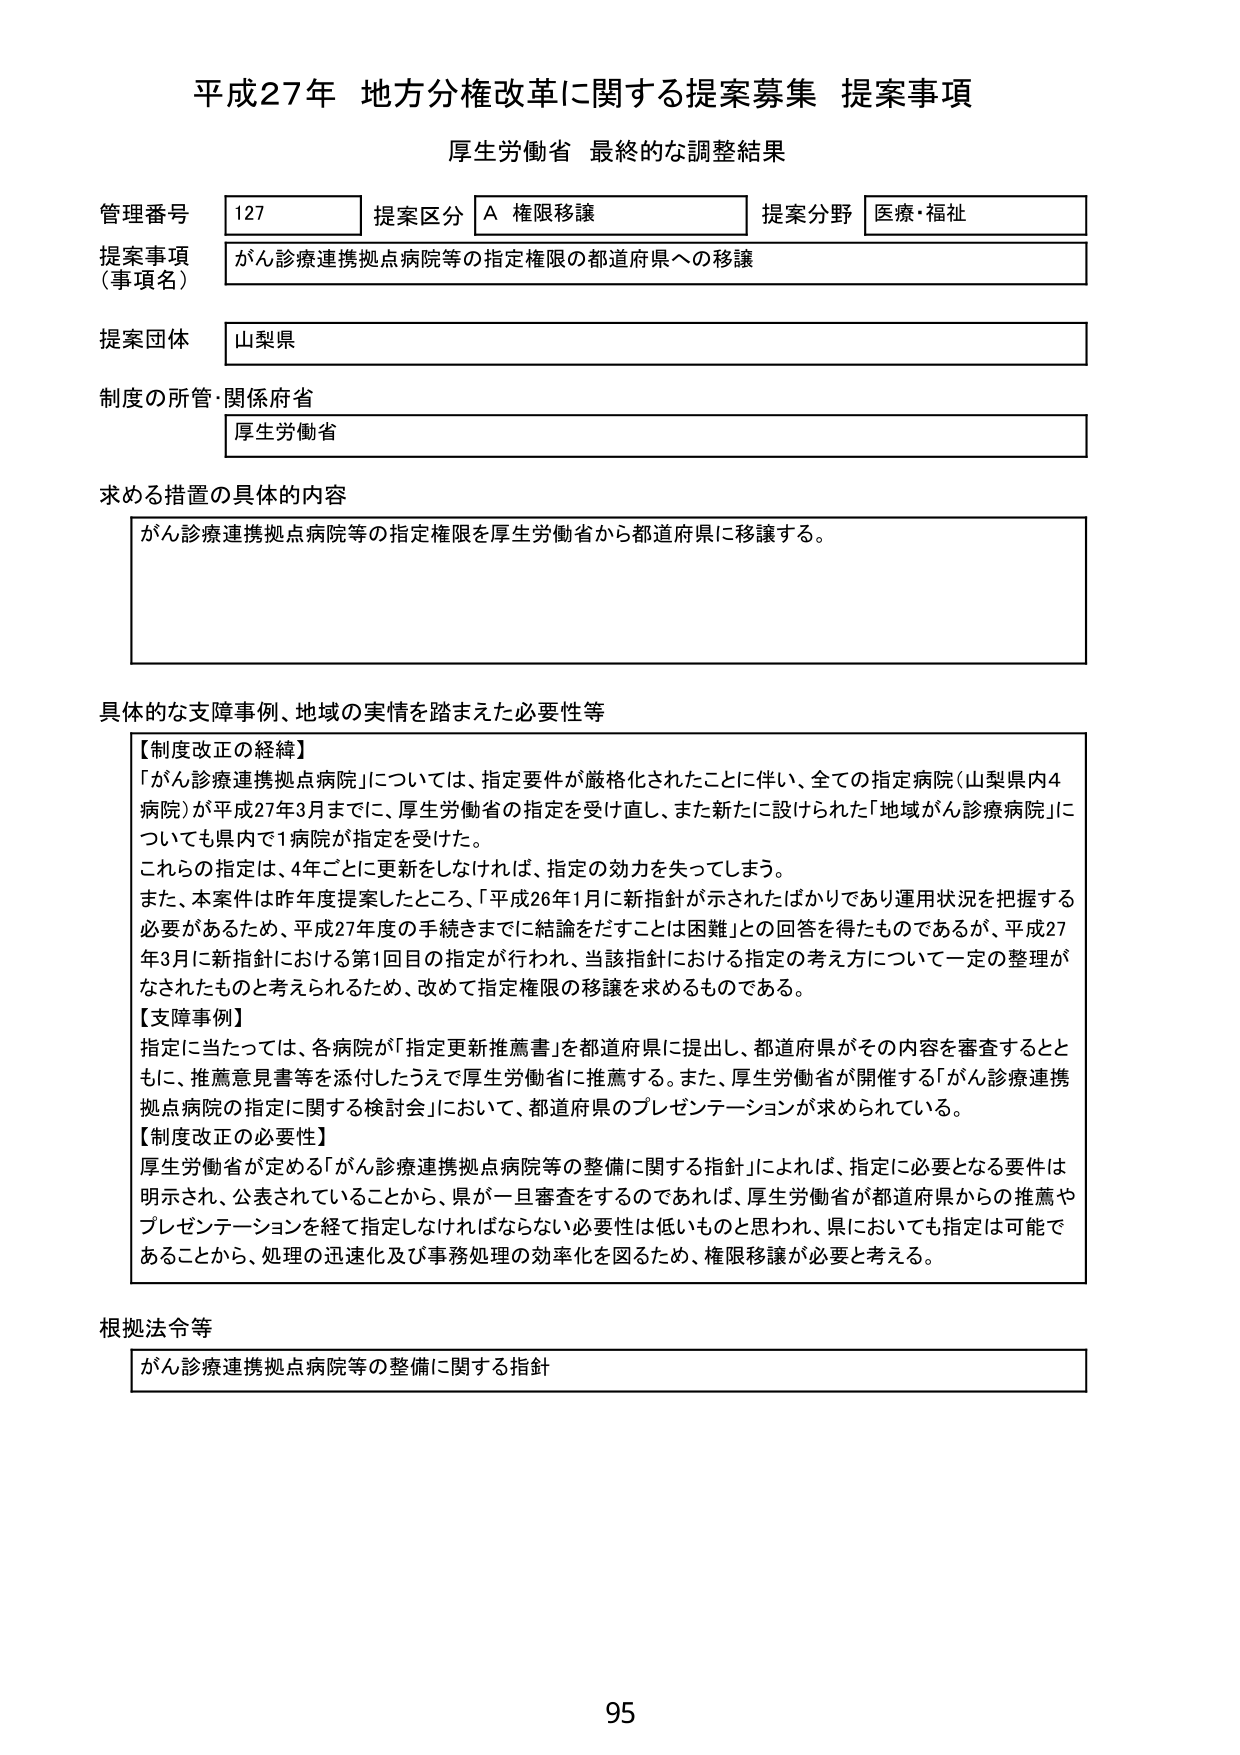
平成27年 地方分権改革に関する提案募集 提案事項
厚生労働省 最終的な調整結果

管理番号 127 提案区分 A 権限移譲 提案分野 医療・福祉
提案事項（事項名） がん診療連携拠点病院等の指定権限の都道府県への移譲
提案団体 山梨県
制度の所管・関係府省 厚生労働省

求める措置の具体的内容
がん診療連携拠点病院等の指定権限を厚生労働省から都道府県に移譲する。

具体的な支障事例、地域の実情を踏まえた必要性等
【制度改正の経緯】
「がん診療連携拠点病院」については、指定要件が厳格化されたことに伴い、全ての指定病院（山梨県内4病院）が平成27年3月までに、厚生労働省の指定を受け直し、また新たに設けられた「地域がん診療病院」についても県内で1病院が指定を受けた。
これらの指定は、4年ごとに更新をしなければ、指定の効力を失ってしまう。
また、本案件は昨年度提案したところ、「平成26年1月に新指針が示されたばかりであり運用状況を把握する必要があるため、平成27年度の手続きまでに結論をだすことは困難」との回答を得たものであるが、平成27年3月に新指針における第1回目の指定が行われ、当該指針における指定の考え方について一定の整理がなされたものと考えられるため、改めて指定権限の移譲を求めるものである。
【支障事例】
指定に当たっては、各病院が「指定更新推薦書」を都道府県に提出し、都道府県がその内容を審査するとともに、推薦意見書等を添付したうえで厚生労働省に推薦する。また、厚生労働省が開催する「がん診療連携拠点病院の指定に関する検討会」において、都道府県のプレゼンテーションが求められている。
【制度改正の必要性】
厚生労働省が定める「がん診療連携拠点病院等の整備に関する指針」によれば、指定に必要となる要件は明示され、公表されていることから、県が一旦審査をするのであれば、厚生労働省が都道府県からの推薦やプレゼンテーションを経て指定しなければならない必要性は低いものと思われ、県においても指定は可能であることから、処理の迅速化及び事務処理の効率化を図るため、権限移譲が必要と考える。

根拠法令等
がん診療連携拠点病院等の整備に関する指針

95